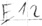
Text: E1.2